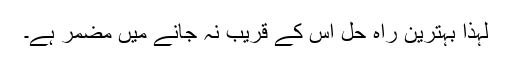
لہذا بہترین راہ حل اس کے قریب نہ جانے میں مضمر ہے۔